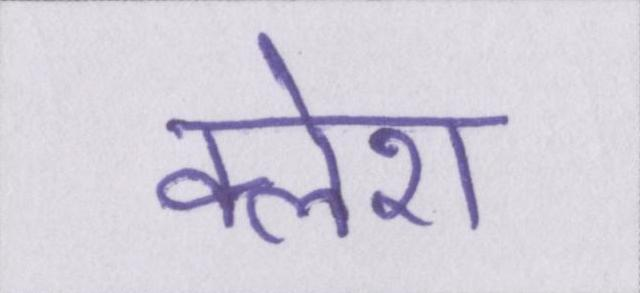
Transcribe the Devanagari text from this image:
क्लेश